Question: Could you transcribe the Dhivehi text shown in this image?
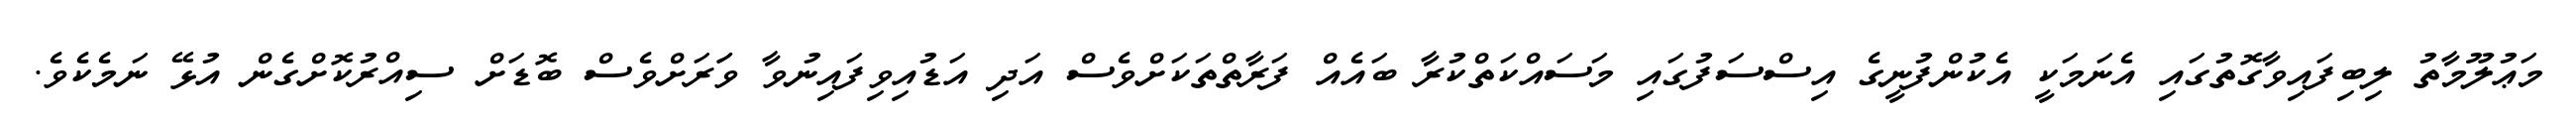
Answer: މަޢުލޫމާތު ލިބިފައިވާގޮތުގައި އެނަމަކީ އެކުންފުނީގެ އިސްސަފުގައި މަސައްކަތްކުރާ ބައެއް ފަރާތްތަކަށްވެސް އަދި އަޑުއިވިފައިނުވާ ވަަރަށްވެސް ބޮޑަށް ސިއްރުކޮށްގެން އުޅޭ ނަމެކެވެ.